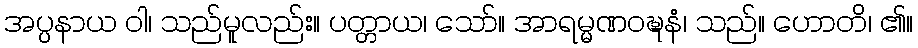
အပ္ပနာယ ဝါ၊ သည်မူလည်း။ ပတ္တာယ၊ သော်။ အာရမ္မဏဝဍ္ဎနံ၊ သည်။ ဟောတိ၊ ၏။